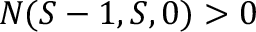
N ( S - 1 , S , 0 ) > 0